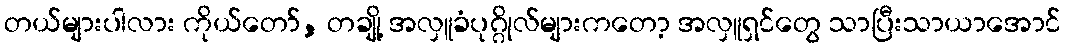
တယ်များပါလား ကိုယ်တော်, တချို့ အလှူခံပုဂ္ဂိုလ်များကတော့ အလှူရှင်တွေ သာပြီးသာယာအောင်